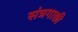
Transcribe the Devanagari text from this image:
संत्रगाछी